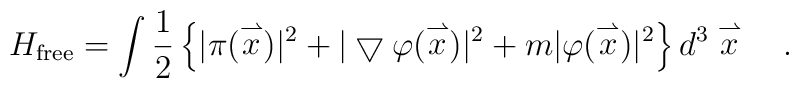
H_{\rm free}=\int\frac{1}{2}\left\{|\pi(\stackrel{\rightharpoonup}{x})|^2+	|\bigtriangledown\varphi(\stackrel{\rightharpoonup}{x})|^2+	m|\varphi(\stackrel{\rightharpoonup}{x})|^2\right\}	d^3\stackrel{\rightharpoonup}{x} \ \ \ .